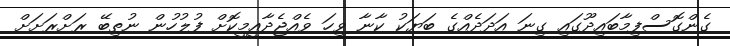
ގެންގޮސްފިމާބައިދޫގައި ގިނަ އަދަދެއްގެ ބަޔަކު ކާނާ ވިހަ ވެއްޖެދާއީމީކޮށް ފުލުހުން ނުތިބޭ ރަށްރަށަށް